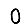
Digit: 0